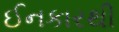
ઈનકારથી